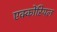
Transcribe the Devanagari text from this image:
एक्कोंरियल